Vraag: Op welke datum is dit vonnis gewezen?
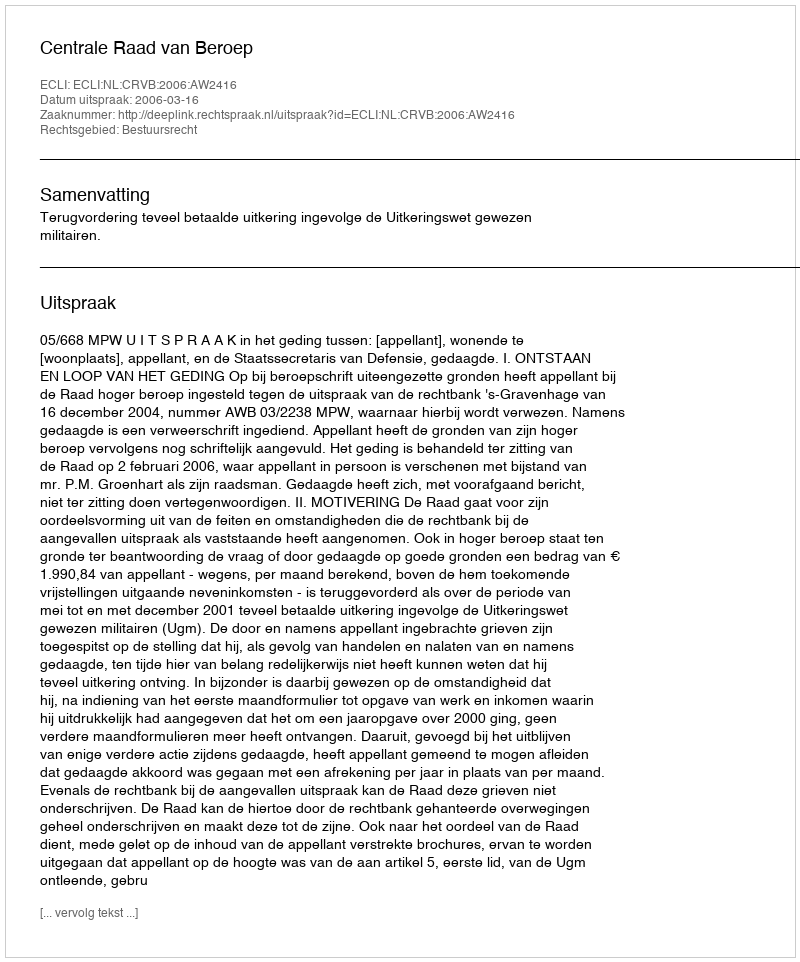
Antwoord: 2006-03-16